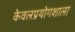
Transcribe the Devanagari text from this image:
केवलप्रयोगशाला